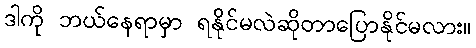
ဒါကို ဘယ်နေရာမှာ ရနိုင်မလဲဆိုတာပြောနိုင်မလား။